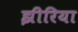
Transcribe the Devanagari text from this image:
झीरिया